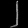
Digit: ၂